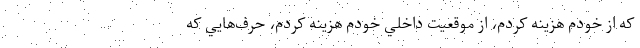
كه از خودم هزينه كردم، از موقعيت داخلي خودم هزينه كردم، حرف‌هايي كه